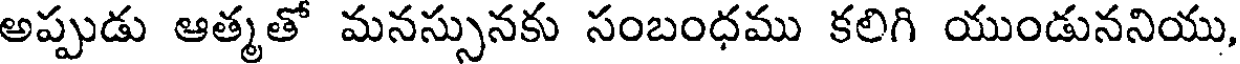
అప్పుడు ఆత్మతో మనస్సునకు సంబంధము కలిగి యుండుననియు,